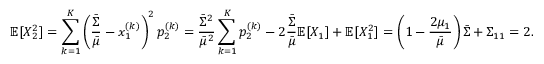
\mathbb { E } [ X _ { 2 } ^ { 2 } ] = \sum _ { k = 1 } ^ { K } \left( \frac { \bar { \Sigma } } { \bar { \mu } } - x _ { 1 } ^ { ( k ) } \right) ^ { 2 } p _ { 2 } ^ { ( k ) } = \frac { \bar { \Sigma } ^ { 2 } } { \bar { \mu } ^ { 2 } } \sum _ { k = 1 } ^ { K } p _ { 2 } ^ { ( k ) } - 2 \frac { \bar { \Sigma } } { \bar { \mu } } \mathbb { E } [ X _ { 1 } ] + \mathbb { E } [ X _ { 1 } ^ { 2 } ] = \left( 1 - \frac { 2 \mu _ { 1 } } { \bar { \mu } } \right) \bar { \Sigma } + \Sigma _ { 1 1 } = 2 .